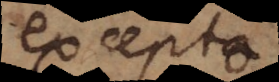
excepto